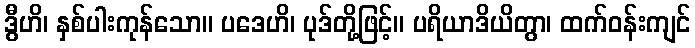
ဒွီဟိ၊ နှစ်ပါးကုန်သော။ ပဒေဟိ၊ ပုဒ်တို့ဖြင့်။ ပရိယာဒိယိတွာ၊ ထက်ဝန်းကျင်